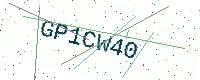
Text: GP1CW40